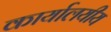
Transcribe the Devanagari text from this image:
कार्यालयीय